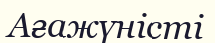
Ағажүністі